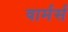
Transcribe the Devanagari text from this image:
वार्मर्स